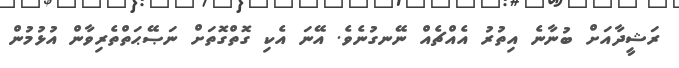
ރަޝީދާއަށް ބުނާނެ އިތުރު އެއްޗެއް ނޭނގުނެވެ. އޭނަ އެކި ގޮތްގޮތަށް ނަޞޭޙަތްތެރިވާން އުޅުމުން